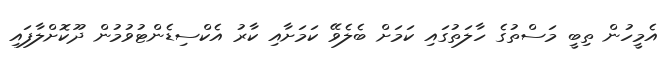
އެމީހުން ތިބީ މަސްތުގެ ހާލަތުގައި ކަމަށް ބެލެވޭ ކަމަށާއި ކާރު އެކްސިޑެންޓުވުމުން ދޫކޮށްލާފައި